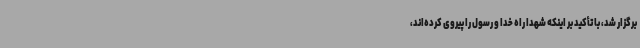
برگزار شد، با تأکید بر اینکه شهدا راه خدا و رسول را پیروی کرده‌اند،